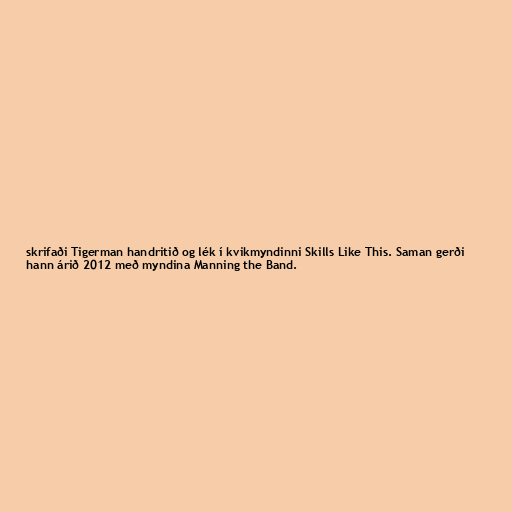
skrifaði Tigerman handritið og lék í kvikmyndinni Skills Like This. Saman gerði
hann árið 2012 með myndina Manning the Band.